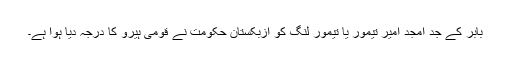
بابر کے جدِ امجد امیر تیمور یا تیمور لنگ کو ازبکستان حکومت نے قومی ہیرو کا درجہ دیا ہوا ہے۔